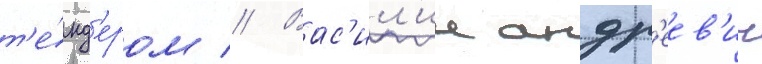
т'е́нд'ером // Вас'ил'ии андр'еев'ич